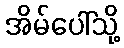
အိမ်ပေါ်သို့